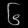
Digit: ၆